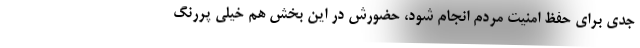
جدی برای حفظ امنیت مردم انجام شود، حضورش در این بخش هم خیلی پررنگ